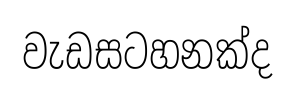
වැඩසටහනක්ද